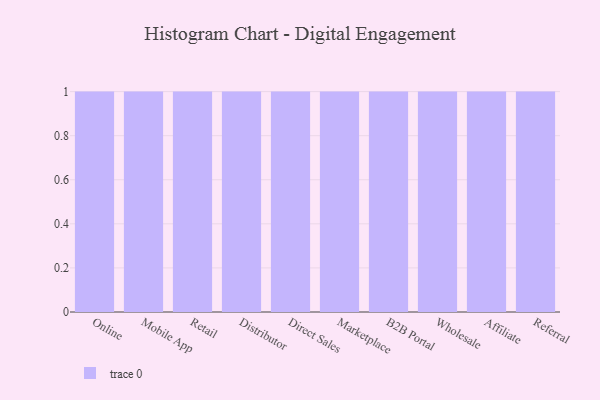
{"axis": {"x": "Channel", "y": "Energy Usage (MWh)"}, "legend": [""], "data": [{"x": "Online", "y": 6, "type": ""}, {"x": "Mobile App", "y": 27, "type": ""}, {"x": "Retail", "y": 71, "type": ""}, {"x": "Distributor", "y": 89, "type": ""}, {"x": "Direct Sales", "y": 52, "type": ""}, {"x": "Marketplace", "y": 62, "type": ""}, {"x": "B2B Portal", "y": 7, "type": ""}, {"x": "Wholesale", "y": 19, "type": ""}, {"x": "Affiliate", "y": 61, "type": ""}, {"x": "Referral", "y": 52, "type": ""}]}